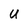
Character: u